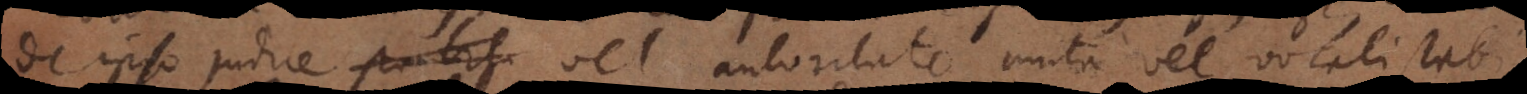
de ipso judice vel autoritate muta vel vocali stabi